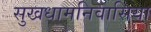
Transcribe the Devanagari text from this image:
सुखधामनिवासिया